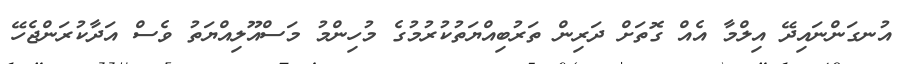
އުނގަންނައިދޭ އިލްމާ އެއް ގޮތަށް ދަރިން ތަރުބިއްޔަތުކުރުމުގެ މުހިންމު މަސްއޫލިއްޔަތު ވެސް އަދާކުރަންޖެހޭ